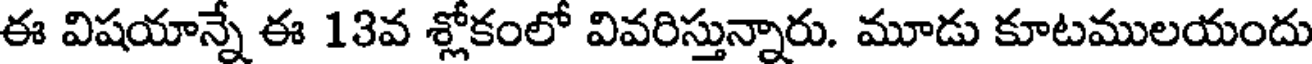
ఈ విషయాన్నే ఈ 13వ శ్లోకంలో వివరిస్తున్నారు. మూడు కూటములయందు